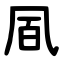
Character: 凮